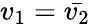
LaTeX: v_{1}=\bar{v_{2}}